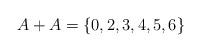
LaTeX: \begin{align*}A+A = \{0,2,3,4,5,6\}\end{align*}